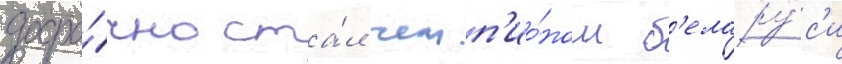
досро́чно ста́л чемп'ио́ном б'елару́с'и